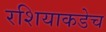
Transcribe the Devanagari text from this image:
रशियाकडेच